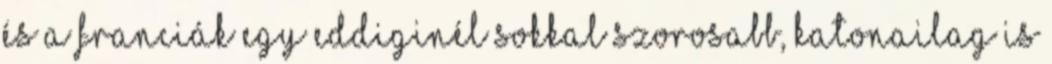
és a franciák egy eddiginél sokkal szorosabb, katonailag is